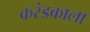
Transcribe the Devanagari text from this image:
करंडकाला